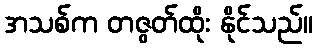
အသစ်က တဇွတ်ထိုး နိုင်သည်။